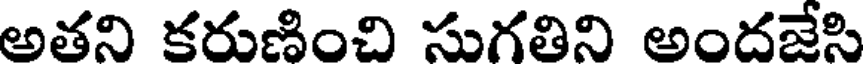
అతని కరుణించి సుగతిని అందజేసి